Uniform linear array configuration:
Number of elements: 24
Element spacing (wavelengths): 0.5
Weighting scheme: blackman
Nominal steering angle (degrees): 30
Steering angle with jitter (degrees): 28.132
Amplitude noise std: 0.05
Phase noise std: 0.05

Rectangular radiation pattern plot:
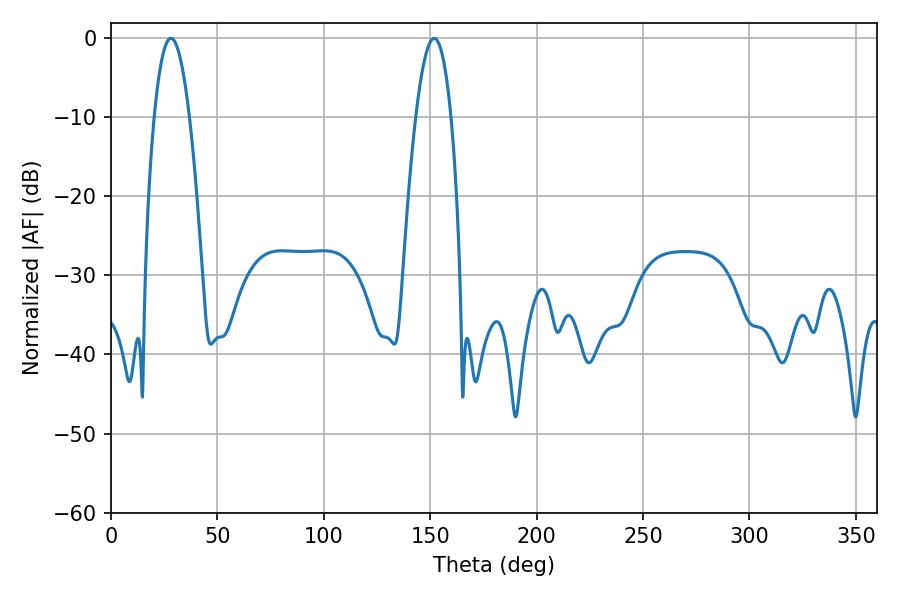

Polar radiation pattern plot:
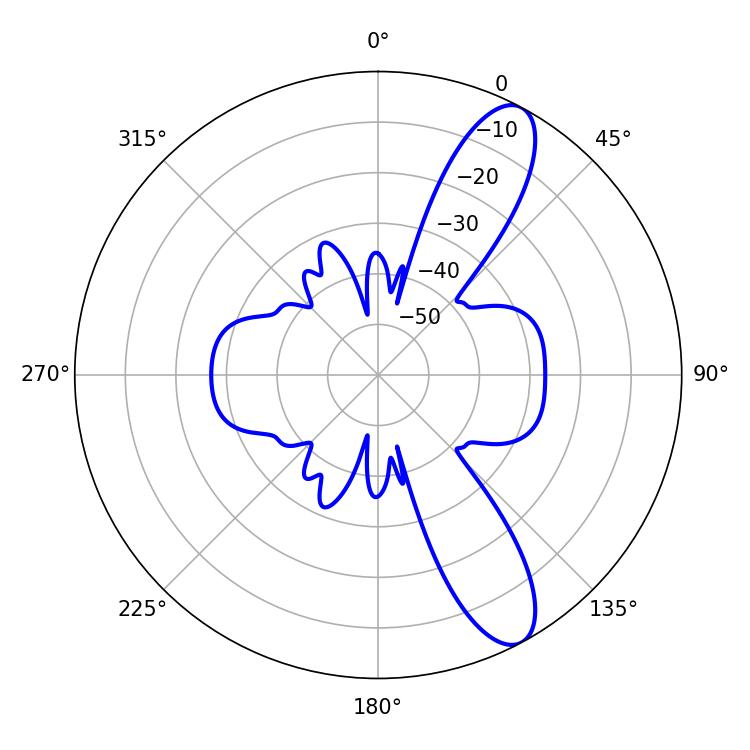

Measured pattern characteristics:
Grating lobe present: FALSE
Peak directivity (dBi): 10.901
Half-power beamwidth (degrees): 9
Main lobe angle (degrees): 28.08